Annual report of the Civil Veterinary Department, Bengal, for the year 1895-96 - 1895-1896
Year: 1895
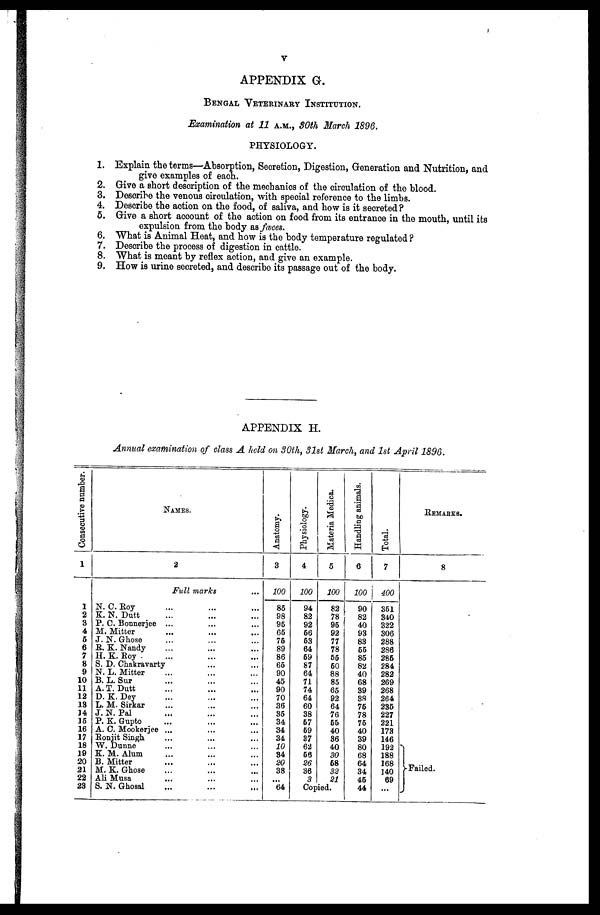
V
APPENDIX G.
BENGAL VETERINARY INSTITUTION.
Examination at 11 A.M., 30th March 1896.
PHYSIOLOGY.
1. Explain the terms—Absorption, Secretion, Digestion, Generation and Nutrition, and
give examples of each.
2. Give a short description of the mechanics of the circulation of the blood.
3. Desoribe the venous circulation, with special reference to the limbs.
4. Describe the action on the food, of saliva, and how is it secreted?
5. Give a short account of the action on food from its entrance in the mouth, until its
expulsion from the body as fœces.
6. What is Animal Heat, and how is the body temperature regulated?
7. Describe the process of digestion in cattle.
8. What is meant by reflex action, and give an example.
9. How is urine secreted, and describe its passage out of the body.
APPENDIX H.
Annual examination of class A held on 30th, 31st March, and 1st April 1896.
Consecutive number.
1
1
2
3
4
6
6
7
8
9
10
11
12
13
)4
15
16
17
18
19
20
21
22
23
NAMES.
2
Full marks
N. C. Roy ... ... ...
K. N. Dutt ... ... ...
P. C. Bonnerjee ... ... ...
M. Mitter ... ... ...
J. N. Ghose ... ... ...
R. K. Nandy ... ... ...
H. K. Roy ... ... ...
S. D. Chakravarty ... ... ...
N. L. Mitter ... ... ...
B. L. Sur ... ... ...
A. T. Dutt ... ... ...
D. K. Dey ... ... ...
L. M. Sirkar ... ... ...
J. N. Pal ... ... ...
P. K. Gupto ... ... ...
A. C. Mookerjee ... ... ...
Ronjit Singh ... ... ...
W. Dunne ... ... ...
K. M. Alum ... ... ...
B. Mitter ... ... ...
M. K. Ghose ... ... ...
Ali Musa ... ... ...
S. N. Ghosal ... ... ...
Anatomy.
3
100
85
98
96
65
76
89
86
65
90
45
90
70
36
35
34
34
34
10
34
20
38
...
64
Physiology.
4
100
94
82
92
56
53
64
69
87
64
71
74
64
60
38
67
69
37
62
66
26
36
3
Materia Medica.
5
100
82
78
96
92
77
78
55
60
88
85
65
92
64
76
65
40
36
40
30
68
32
21
Copied.
Handling animals.
6
100
90
82
40
93
83
66
85
82
40
68
39
38
76
78
76
40
39
80
68
64
34
46
44
Total.
7
400
361
340
322
306
288
286
286
284
282
269
268
264
235
227
221
173
146
192
188
168
140
69
...
REMARKS.
8
Failed.